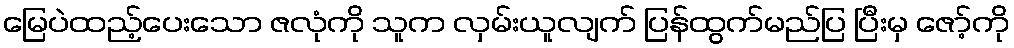
မြေပဲထည့်ပေးသော ဇလုံကို သူက လှမ်းယူလျက် ပြန်ထွက်မည်ပြ ပြီးမှ ဇော့်ကို